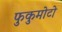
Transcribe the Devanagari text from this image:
फुकुमोटो